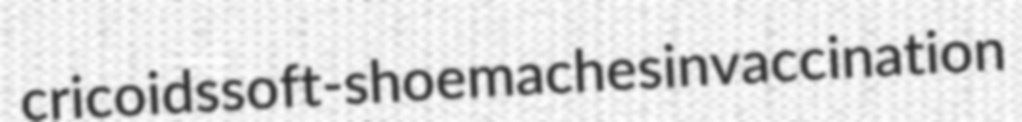
cricoids soft-shoe maches invaccination